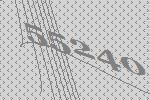
55240